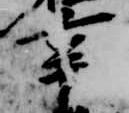
辛